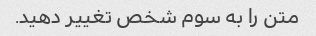
متن را به سوم شخص تغییر دهید.